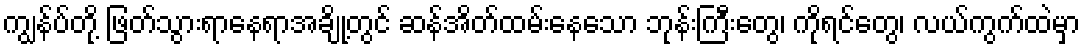
ကျွန်ပ်တို့ ဖြတ်သွားရာနေရာအချို့တွင် ဆန်အိတ်ထမ်းနေသော ဘုန်းကြီးတွေ၊ ကိုရင်တွေ၊ လယ်ကွက်ထဲမှာ